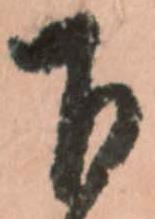
下